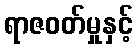
ရာဇဝတ်မှုနှင့်